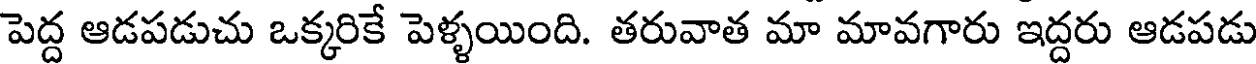
పెద్ద ఆడపడుచు ఒక్కరికే పెళ్ళయింది. తరువాత మా మావగారు ఇద్దరు ఆడపడు